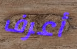
أعرف